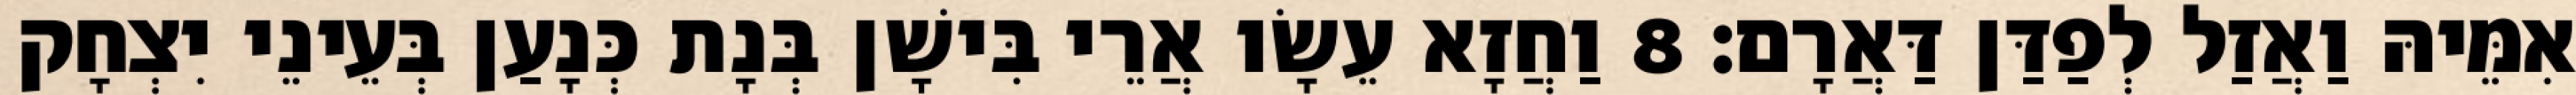
אִמֵּיהּ וַאֲזַל לְפַדַּן דַּאֲרָם׃ 8 וַחֲזָא עֵשָׂו אֲרֵי בִּישָׁן בְּנָת כְּנָעַן בְּעֵינֵי יִצְחָק